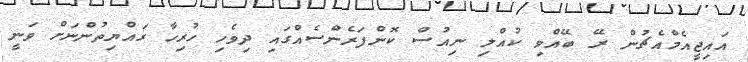
އައިޖީއެމްއެޗުން ރޭ ބޭއްވި ކުއްލި ނިއުސް ކޮންފަރެންސެއްގައި ދިވެހި ހުރިހާ ރައްޔިތުންނަށް ވަނީ